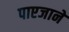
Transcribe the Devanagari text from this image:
पाएजाने